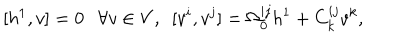
[ h ^ { 1 } , v ] = 0 \ \ \ \forall v \in V , \ \ [ v ^ { i } , v ^ { j } ] = \Omega _ { 0 } ^ { i j } h ^ { 1 } + C _ { k } ^ { i j } v ^ { k } ,